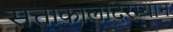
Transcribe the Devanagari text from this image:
सत्ताकालादरम्यान